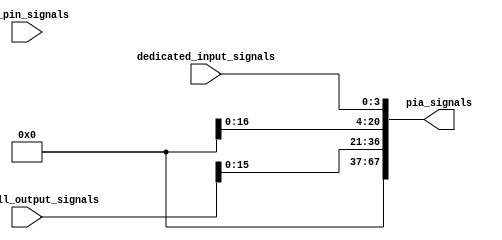
module programmable_interconnect_array
        #(
            parameter lab_count = 2,
            parameter num_io_pins = 32,
            parameter num_macrocells = 32,
            parameter num_dedicated_inputs = 4,
            parameter num_pia_signals = 68
            )
        (
            input  [num_dedicated_inputs-1:0]           dedicated_input_signals,
            input  [num_io_pins-1:0]                    io_pin_signals,
            input  [num_macrocells-1:0]                 macrocell_output_signals,

            output [num_pia_signals-1:0]                pia_signals
            );

    /*
     * The PIA does nothing more than forward the signals it is fed with to the device's LABs,
     * which in turn can be configured to select a subset of those signals as regional signals.
     */
    genvar i;
    generate
        for (i=0; i<lab_count; i=i+1)
        begin
            assign pia_signals[num_pia_signals-1:num_pia_signals-i*32] = io_pin_signals[num_io_pins-1-(i*16):num_io_pins-(i+1)*16];
            assign pia_signals[num_pia_signals-16:num_pia_signals-15-i*32] = macrocell_output_signals[num_macrocells-1-(i*16):num_macrocells-(i+1)*16];
        end

        assign pia_signals[num_dedicated_inputs-1:0] = dedicated_input_signals[num_dedicated_inputs-1:0];
    endgenerate

endmodule